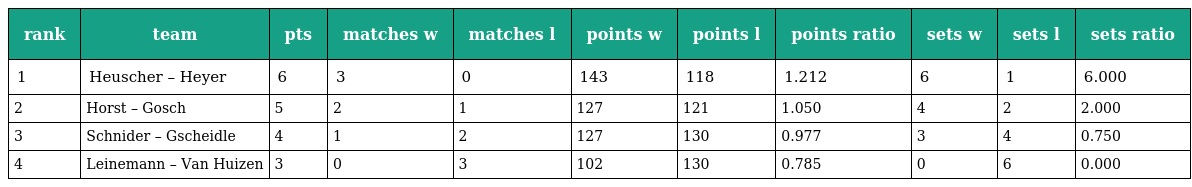
| rank | team | pts | matches w | matches l | points w | points l | points ratio | sets w | sets l | sets ratio |
 | --- | --- | --- | --- | --- | --- | --- | --- | --- | --- | --- |
 | 1 | Heuscher – Heyer | 6 | 3 | 0 | 143 | 118 | 1.212 | 6 | 1 | 6.000 |
 | 2 | Horst – Gosch | 5 | 2 | 1 | 127 | 121 | 1.050 | 4 | 2 | 2.000 |
 | 3 | Schnider – Gscheidle | 4 | 1 | 2 | 127 | 130 | 0.977 | 3 | 4 | 0.750 |
 | 4 | Leinemann – Van Huizen | 3 | 0 | 3 | 102 | 130 | 0.785 | 0 | 6 | 0.000 |